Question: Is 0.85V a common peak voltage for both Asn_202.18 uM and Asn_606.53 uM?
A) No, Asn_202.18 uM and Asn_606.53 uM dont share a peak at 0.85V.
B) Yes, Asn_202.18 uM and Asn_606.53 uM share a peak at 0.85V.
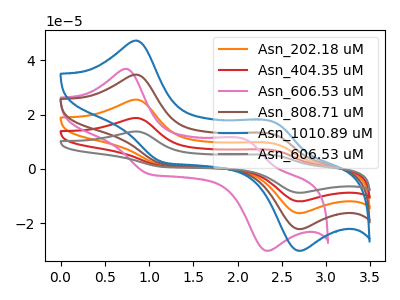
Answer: <think>The orange curve "Asn_202.18 uM" has anodic peaks at (0.85V, 69.40uA) (2.40V, 25.10uA) and cathodic peaks at (1.15V, 3.65uA) (2.70V, -44.30uA). The red curve "Asn_404.35 uM" has anodic peaks at (0.85V, 104.10uA) (2.40V, 37.65uA) and cathodic peaks at (1.15V, 5.50uA) (2.70V, -66.50uA). The pink curve "Asn_606.53 uM" has anodic peaks at (0.75V, 36.80uA) (2.10V, 10.75uA) and cathodic peaks at (1.00V, -1.90uA) (2.35V, -30.15uA). The brown curve "Asn_808.71 uM" has anodic peaks at (0.85V, 34.70uA) (2.40V, 12.55uA) and cathodic peaks at (1.15V, 1.85uA) (2.70V, -22.15uA). The blue curve "Asn_1010.89 uM" has anodic peaks at (0.85V, 47.20uA) (2.40V, 17.10uA) and cathodic peaks at (1.15V, 2.50uA) (2.70V, -30.15uA). The gray curve "Asn_606.53 uM" has anodic peaks at (0.85V, 138.80uA) (2.40V, 50.25uA) and cathodic peaks at (1.15V, 7.35uA) (2.70V, -88.65uA).</think>
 <answer>B) Yes, "Asn_202.18 uM" and "Asn_606.53 uM" share a peak at 0.85V.</answer>
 <eval>B</eval>